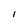
Character: l